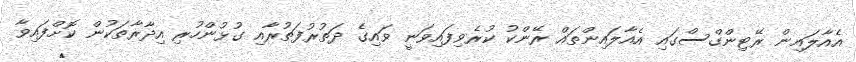
އެއާލައިން ރޭޓިންގްްސްގައި އެއާލައިންތައް ރޭންކު ކުރެވިފައިވަނީ ވައިގެ ދަތުރުފަތުރާއި ގުޅުންހުރި އިދާރާތަކުން ކޮށްފައިވާ